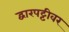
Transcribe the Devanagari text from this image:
द्वारपट्टीवर